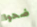
ضحوا